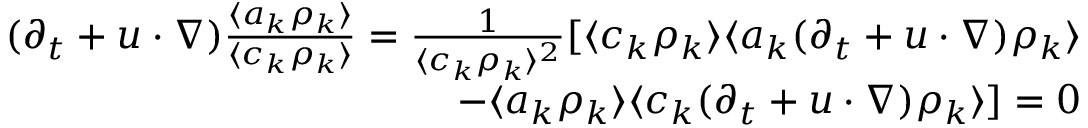
\begin{array} { r } { ( \partial _ { t } + \* u \cdot \nabla ) \frac { \langle a _ { k } \rho _ { k } \rangle } { \langle c _ { k } \rho _ { k } \rangle } = \frac { 1 } { \langle c _ { k } \rho _ { k } \rangle ^ { 2 } } [ \langle c _ { k } \rho _ { k } \rangle \langle a _ { k } ( \partial _ { t } + \* u \cdot \nabla ) \rho _ { k } \rangle } \\ { - \langle a _ { k } \rho _ { k } \rangle \langle c _ { k } ( \partial _ { t } + \* u \cdot \nabla ) \rho _ { k } \rangle ] = 0 } \end{array}